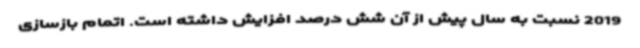
2019 نسبت به سال پیش از آن شش درصد افزایش داشته است. اتمام بازسازی